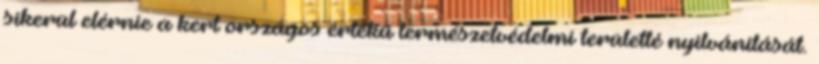
sikerül elérnie a kert országos értékű természetvédelmi területté nyilvánítását.